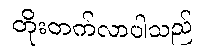
တိုးတက်လာပါသည်